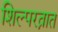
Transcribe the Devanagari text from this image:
शिल्परत्नात